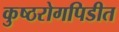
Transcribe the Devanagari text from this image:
कुष्ठरोगपिडीत